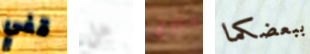
قفي هل بارع ببعضكما